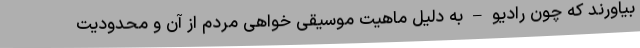
بیاورند که چون رادیو – به دلیل ماهیت موسیقی خواهی مردم از آن و محدودیت